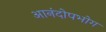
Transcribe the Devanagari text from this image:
आनंदोपभोग